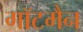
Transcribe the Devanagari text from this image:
गॉटमैन